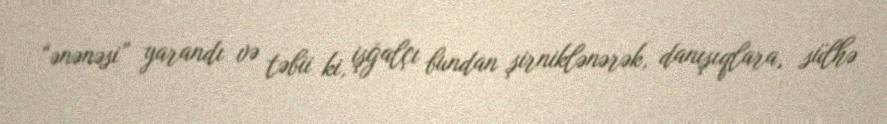
“ənənəsi” yarandı və təbii ki, işğalçı bundan şirniklənərək, danışıqlara, sülhə